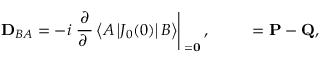
{ { \bf D } _ { B A } } = - i \left. \frac { \partial } { \partial { \bf \Delta } } \left< A \left| { J _ { 0 } } ( 0 ) \right| B \right> \right| _ { \bf \Delta = 0 } , \qquad { \bf \Delta } = { \bf P } - { \bf Q } ,